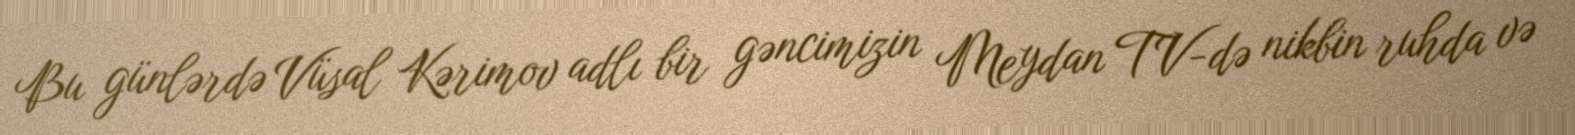
Bu günlərdə Vüsal Kərimov adlı bir gəncimizin Meydan TV-də nikbin ruhda və